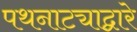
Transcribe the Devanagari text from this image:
पथनाट्याद्वारे